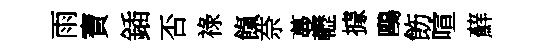
雨寶鍤否祿餼奈蔓轣據鷗飭喧蘚